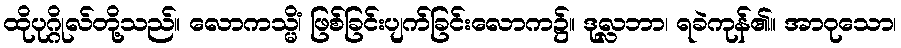
ထိုပုဂ္ဂိုလ်တို့သည်။ လောကသ္မိံ၊ ဖြစ်ခြင်းပျက်ခြင်းလောက၌။ ဒုလ္လဘာ၊ ရခဲကုန်၏။ အာဝုသော၊